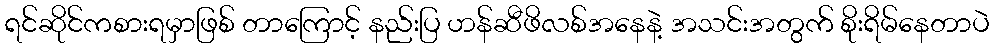
ရင်ဆိုင်ကစားရမှာဖြစ် တာကြောင့် နည်းပြ ဟန်ဆီဖိလစ်အနေနဲ့ အသင်းအတွက် စိုးရိမ်နေတာပဲ